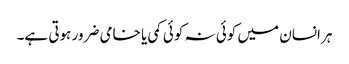
ہرانسان میں کوئی نہ کوئی کمی یا خامی ضرور ہوتی ہے۔